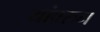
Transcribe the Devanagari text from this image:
यांवरुन